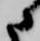
に